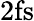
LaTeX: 2\mathrm{fs}